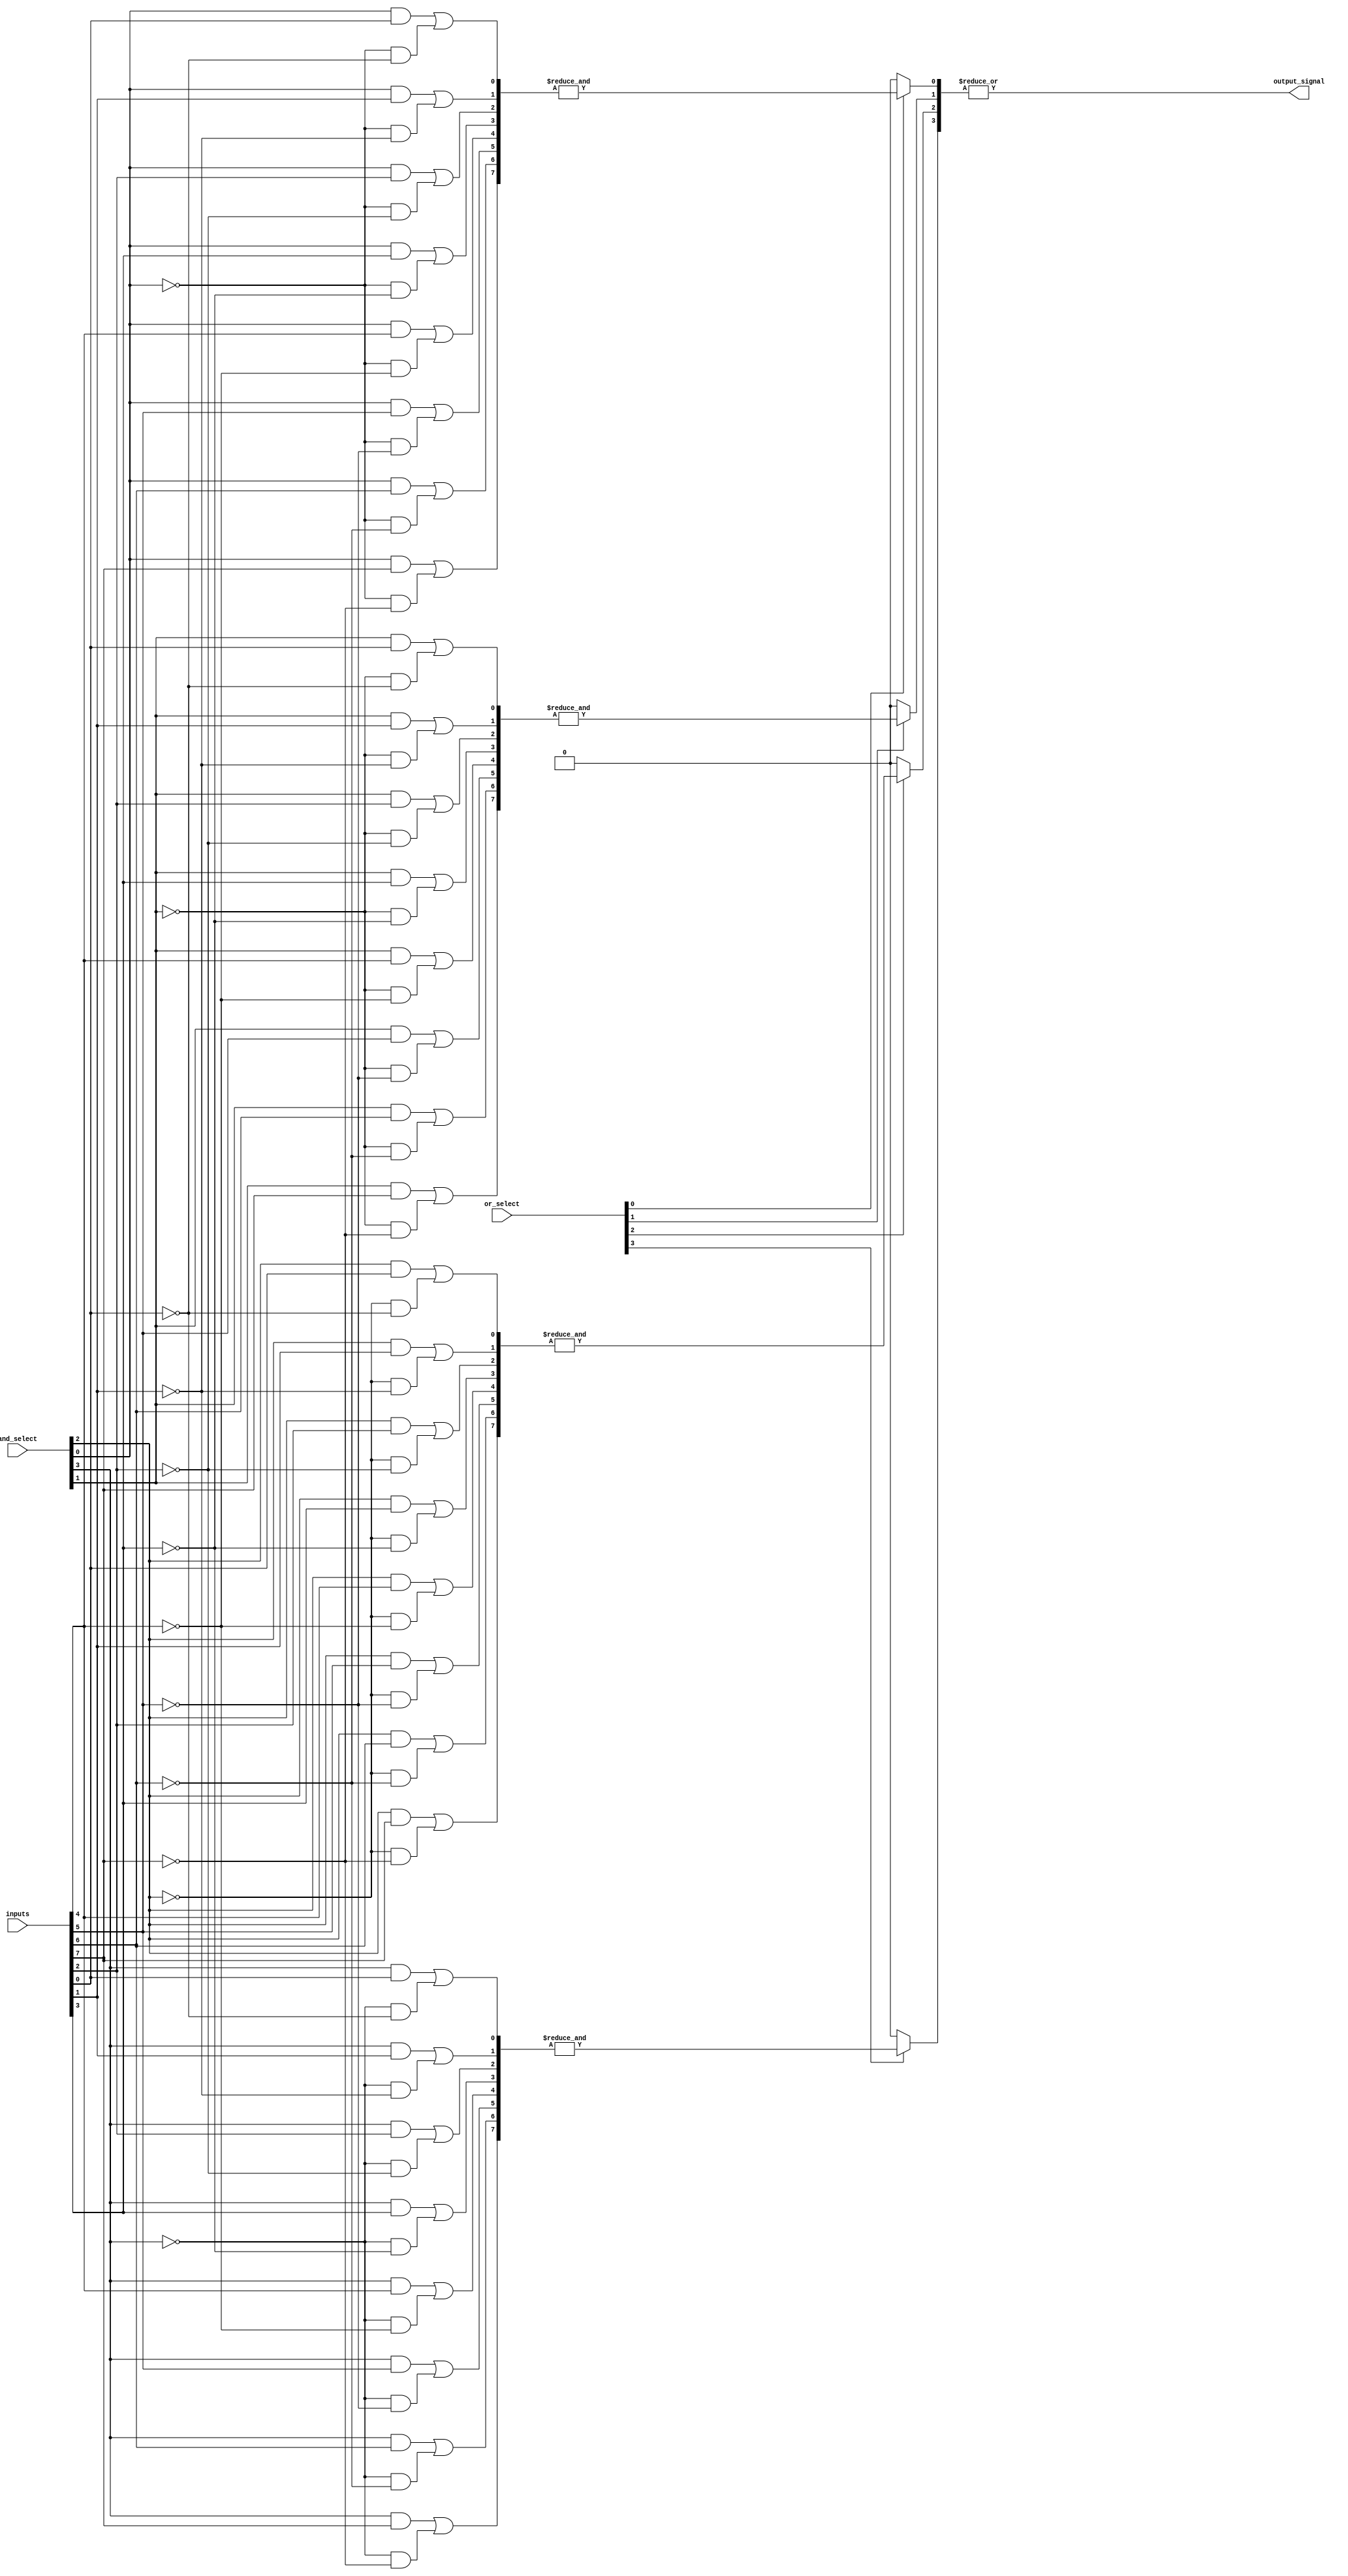
module SPAL #(parameter NUM_INPUTS = 8, parameter NUM_AND_TERMS = 4, parameter NUM_OR_TERMS = 4) (
    input wire [NUM_INPUTS-1:0] inputs, // Input signals
    input wire [NUM_AND_TERMS-1:0] and_select, // Select lines for AND gates
    input wire [NUM_OR_TERMS-1:0] or_select, // Select lines for OR gates
    output wire output_signal // Final output
);

// Intermediate signals for AND terms
wire [NUM_AND_TERMS-1:0] and_outputs;

// Programmable AND Array
genvar i, j;
generate
    for (i = 0; i < NUM_AND_TERMS; i = i + 1) begin : and_array
        wire [NUM_INPUTS-1:0] and_inputs;
        
        // Configure AND inputs based on and_select
        for (j = 0; j < NUM_INPUTS; j = j + 1) begin : and_input_select
            assign and_inputs[j] = (and_select[i] & inputs[j]) | (~and_select[i] & ~inputs[j]);
        end
        
        // AND gate for each product term
        assign and_outputs[i] = &and_inputs; // AND operation
    end
endgenerate

// Programmable OR Array
wire [NUM_OR_TERMS-1:0] or_outputs;
generate
    for (i = 0; i < NUM_OR_TERMS; i = i + 1) begin : or_array
        // Configure OR operation based on or_select
        assign or_outputs[i] = or_select[i] ? and_outputs[i] : 1'b0; // OR operation
    end
endgenerate

// Final output signal
assign output_signal = |or_outputs; // Final OR operation

endmodule